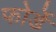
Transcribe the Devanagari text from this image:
फोर्डे